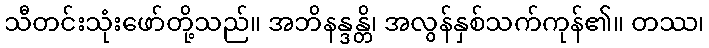
သီတင်းသုံးဖော်တို့သည်။ အဘိနန္ဒန္တိ၊ အလွန်နှစ်သက်ကုန်၏။ တဿ၊